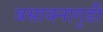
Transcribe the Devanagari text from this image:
बसावनागुडी